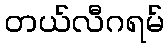
တယ်လီဂရမ်